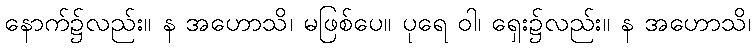
နောက်၌လည်း။ န အဟောသိ၊ မဖြစ်ပေ။ ပုရေ ဝါ၊ ရှေး၌လည်း။ န အဟောသိ၊